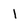
Character: l